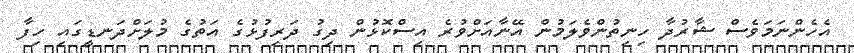
އެހެންނަމަވެސް ޝާރުދާ ހިނިތުންވެލަމުން އޭނާއަށްވުރެ އިސްކޮޅުން ދިގު ދަރިފުޅުގެ އަތުގެ މުލަށްދަނޑީގައި ހިފާ